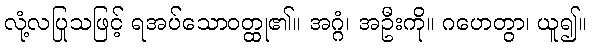
လုံ့လပြုသဖြင့် ရအပ်သောဝတ္ထု၏။ အဂ္ဂံ၊ အဦးကို။ ဂဟေတွာ၊ ယူ၍။